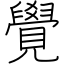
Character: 覺